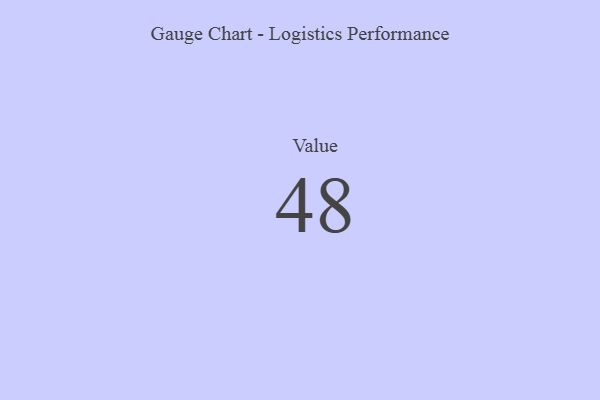
{"axis": {"x": "Metric", "y": "Value"}, "legend": [""], "data": [{"x": "Value", "y": 48, "type": ""}]}